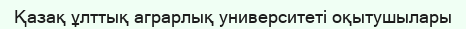
Қазақ ұлттық аграрлық университеті оқытушылары